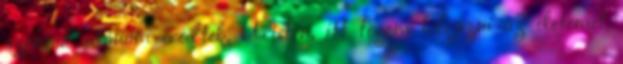
azonnal utánam eredtek. Úristen, itt fogom befejezni az életemet